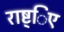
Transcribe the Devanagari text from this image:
राष्ट्िए